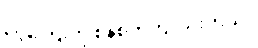
ငွေကြေးကို စနစ်တကျ သုံးတယ်။